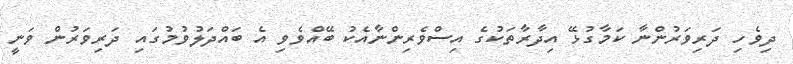
ދިވެހި ދަރިވަރުންނާ ކަމާގުޅޭ އިދާރާތަކުގެ އިސްވެރިންނާއެކު ބޭއްވެވި އެ ބައްދަލުވުމުގައި ދަރިވަރުން ވަނީ